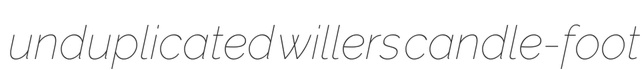
unduplicated willers candle-foot